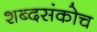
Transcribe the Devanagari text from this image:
शब्दसंकोच